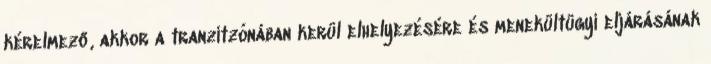
kérelmező, akkor a tranzitzónában kerül elhelyezésére és menekültügyi eljárásának